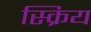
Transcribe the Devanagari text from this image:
स्क्रिय